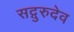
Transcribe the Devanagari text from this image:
सद्गुरुदेव